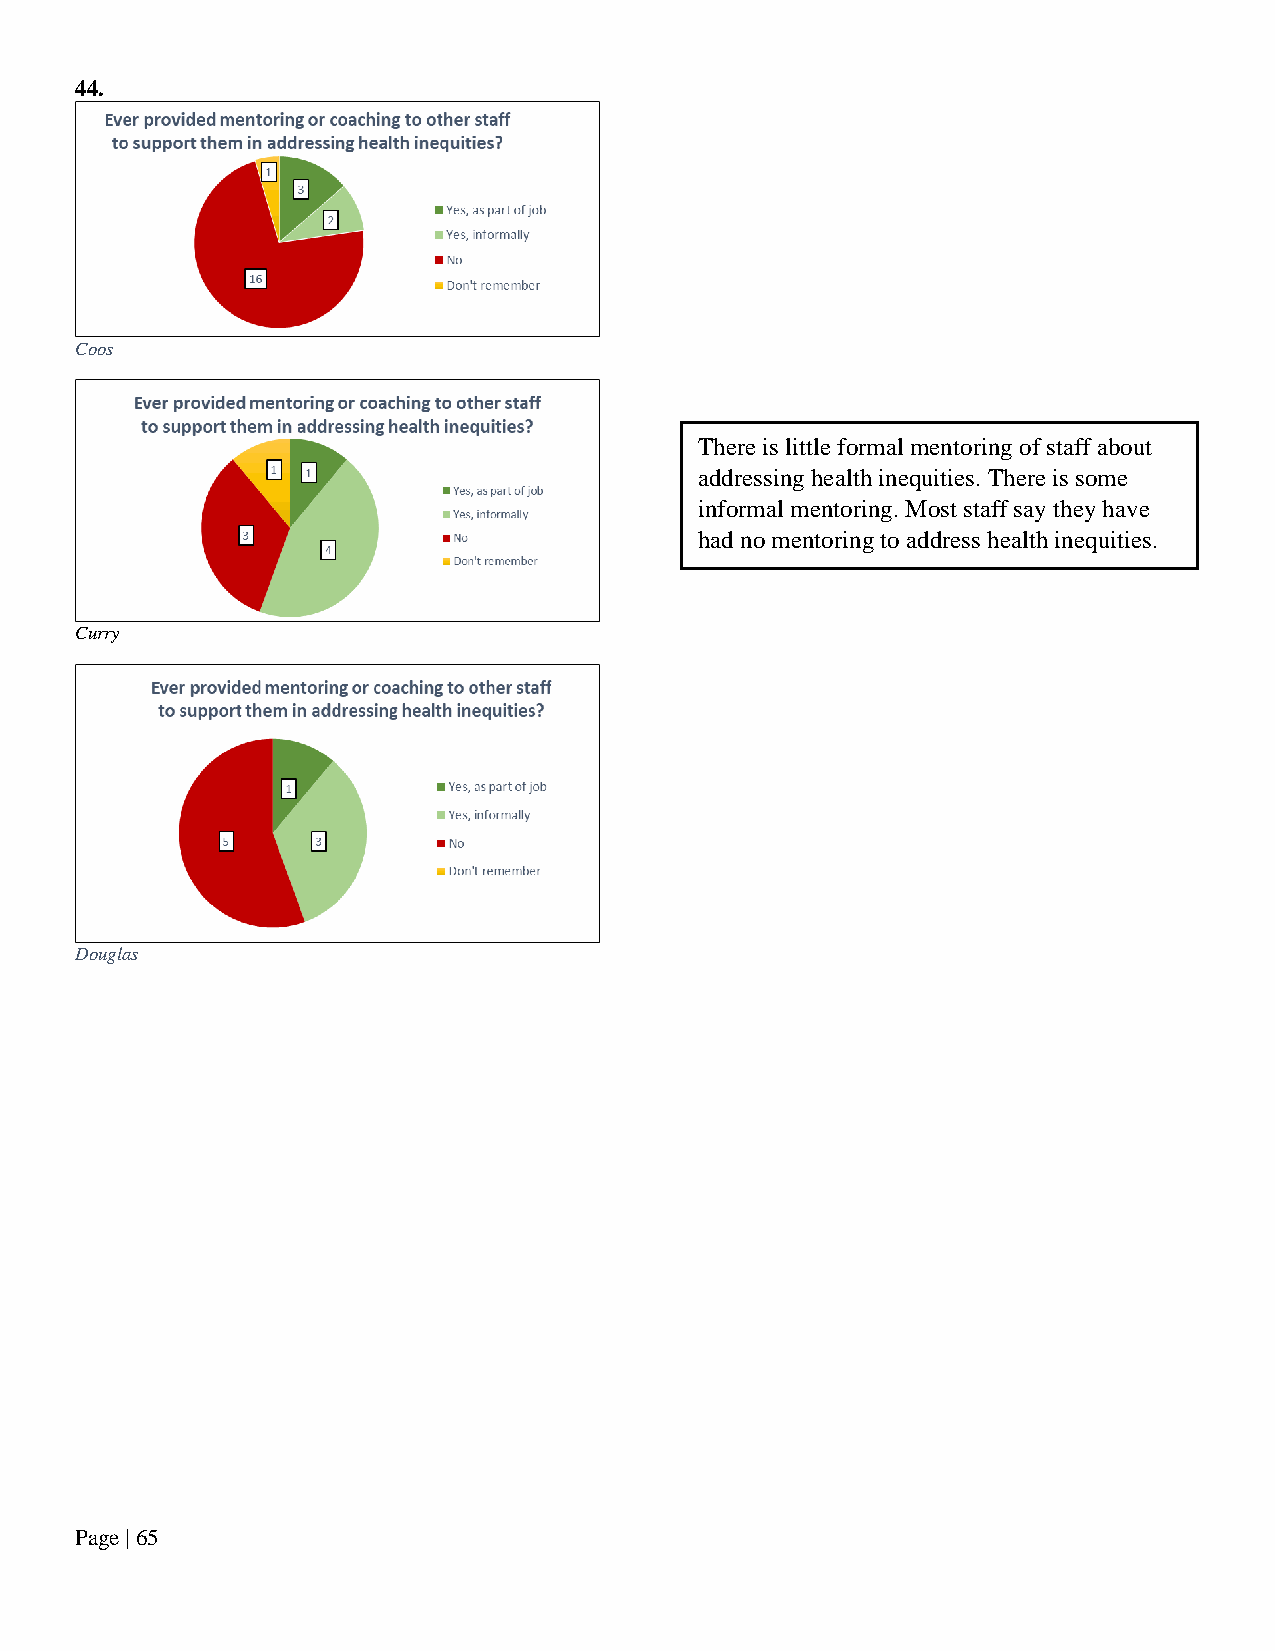
44.
 Coos
 There is little formal mentoring of staff about
 addressing health inequities. There is some
 informal mentoring. Most staff say they have
 had no mentoring to address health inequities.
 Curry
 Douglas
 Page | 65